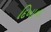
દિખાના